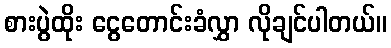
စားပွဲထိုး ငွေတောင်းခံလွှာ လိုချင်ပါတယ်။